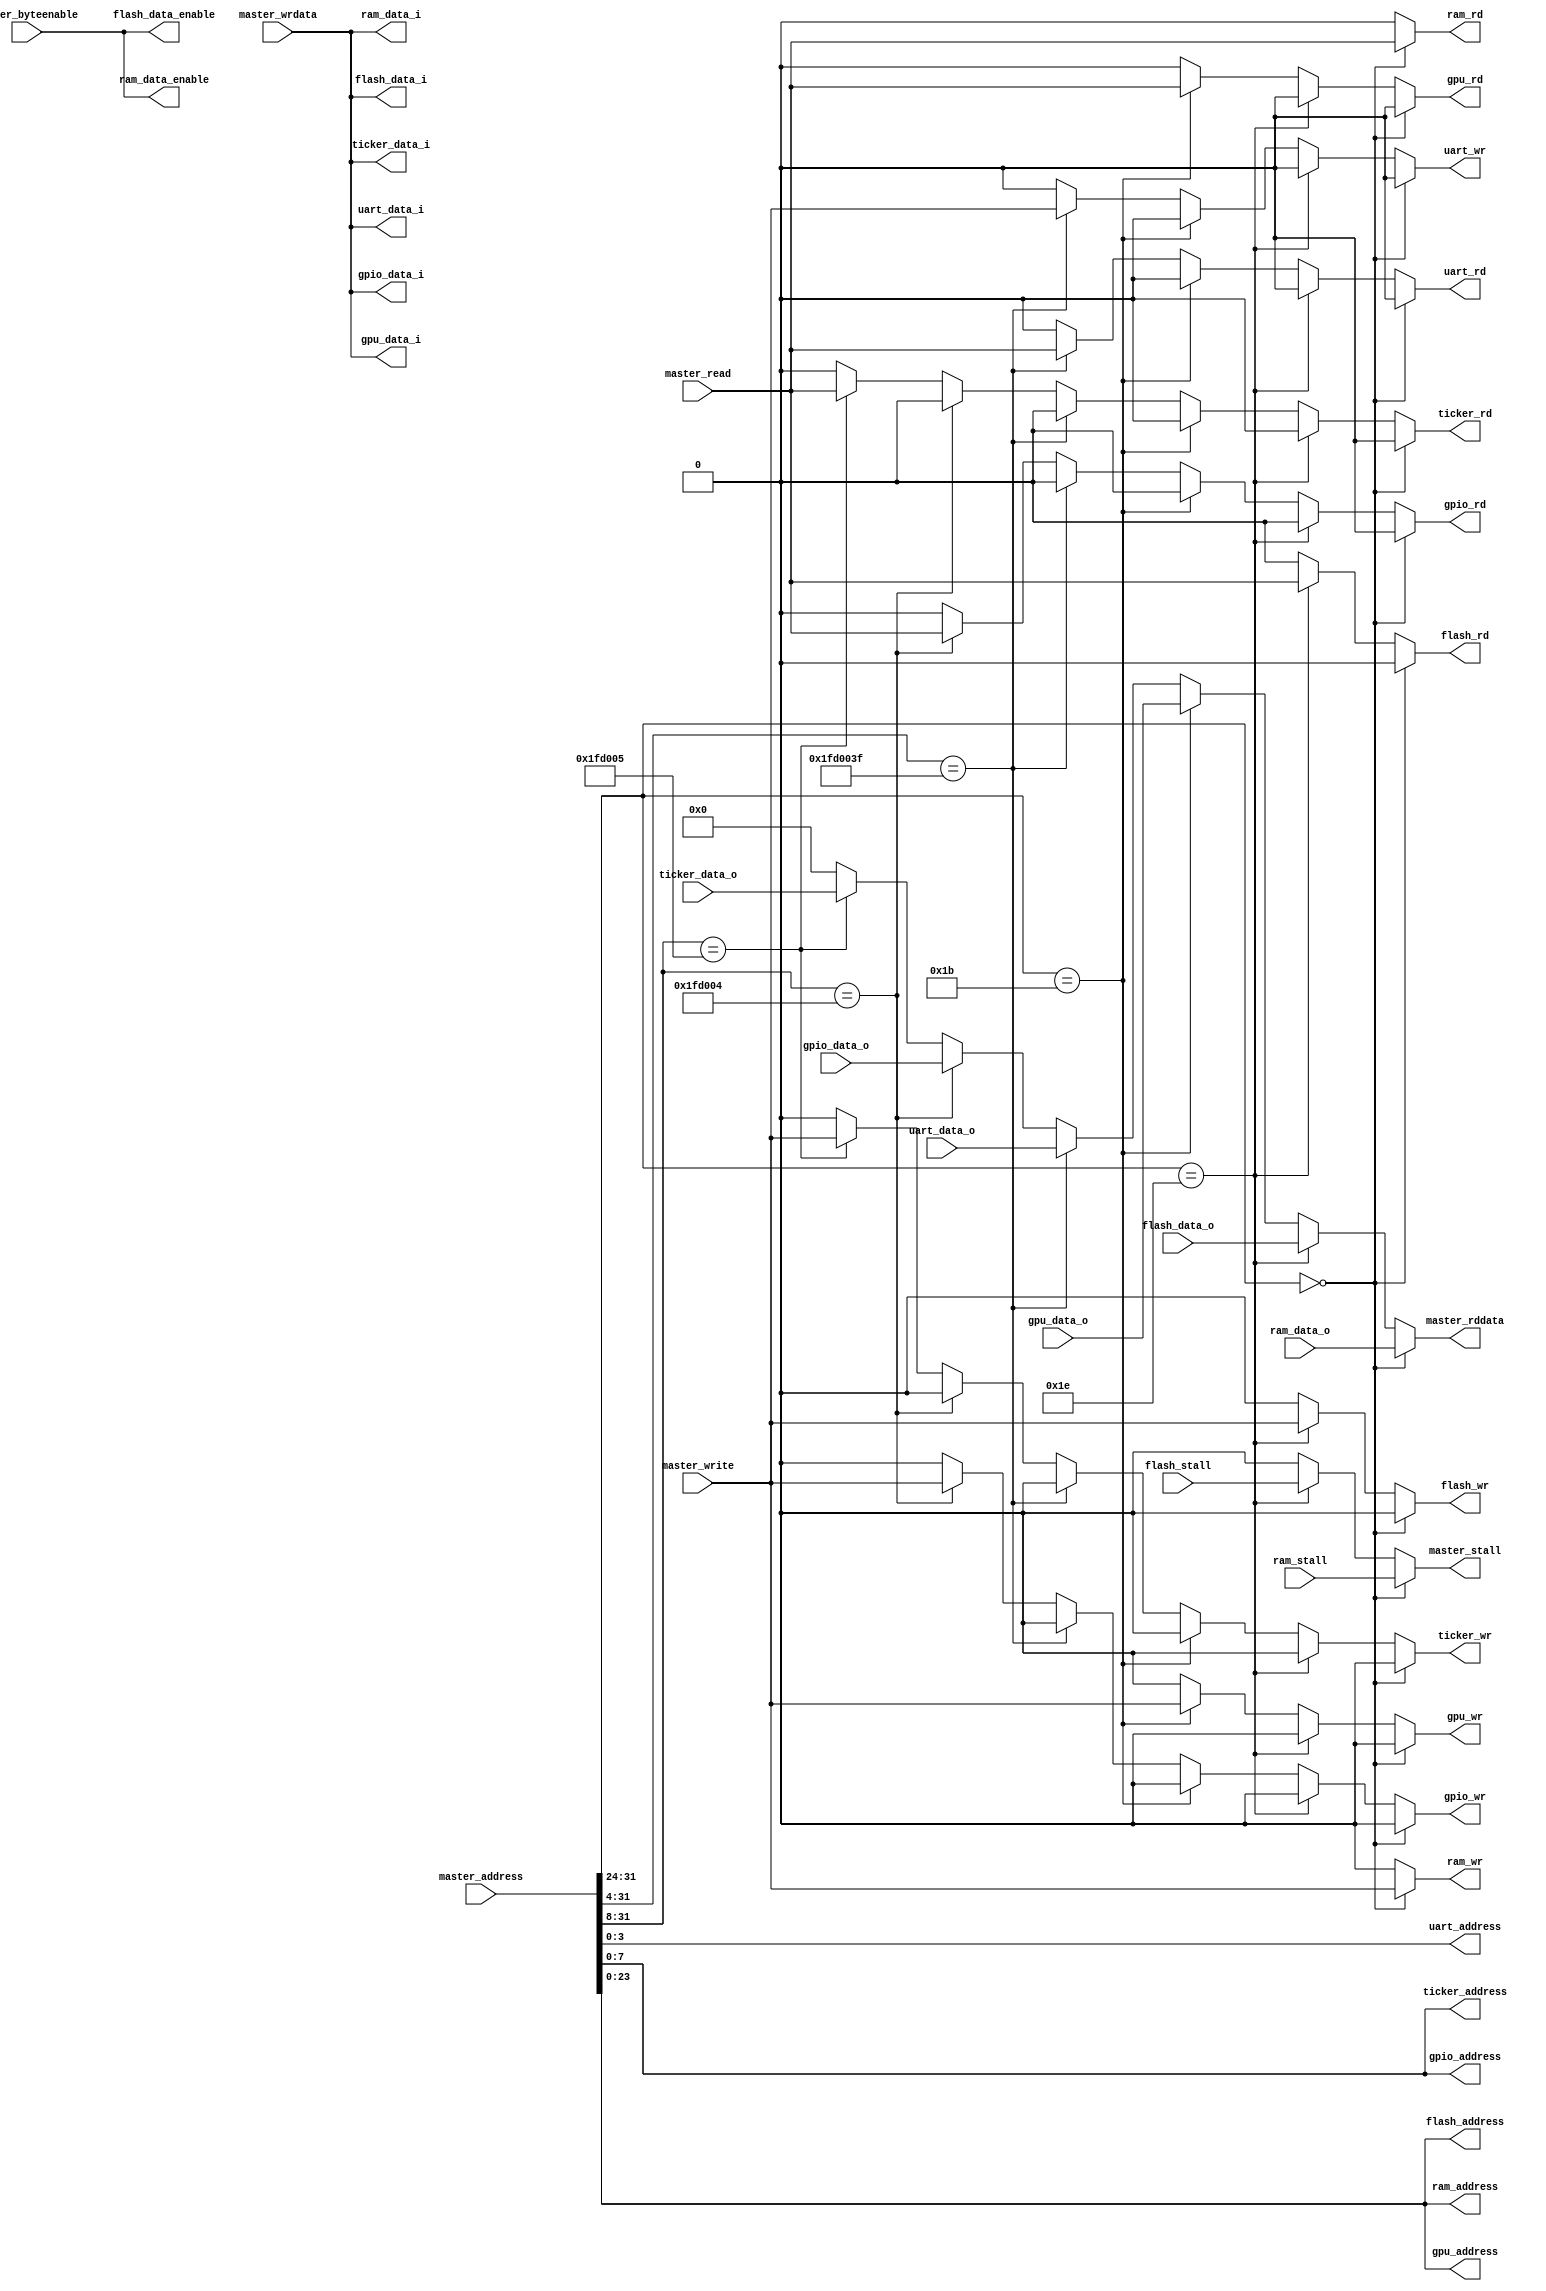
`default_nettype none
module dbus(/*autoport*/
//output
            master_rddata,
            master_stall,
            uart_address,
            uart_data_i,
            uart_rd,
            uart_wr,
            gpio_address,
            gpio_data_i,
            gpio_rd,
            gpio_wr,
            ticker_address,
            ticker_data_i,
            ticker_rd,
            ticker_wr,
            gpu_address,
            gpu_data_i,
            gpu_rd,
            gpu_wr,
            ram_address,
            ram_data_i,
            ram_data_enable,
            ram_rd,
            ram_wr,
            flash_address,
            flash_data_i,
            flash_data_enable,
            flash_rd,
            flash_wr,
//input
            master_address,
            master_byteenable,
            master_read,
            master_write,
            master_wrdata,
            uart_data_o,
            gpio_data_o,
            ticker_data_o,
            gpu_data_o,
            ram_data_o,
            ram_stall,
            flash_data_o,
            flash_stall);

input wire[31:0] master_address;
input wire[3:0] master_byteenable;
input wire master_read;
input wire master_write;
input wire[31:0] master_wrdata;
output reg[31:0] master_rddata;
output reg master_stall;

output wire[3:0] uart_address;
output wire[31:0] uart_data_i;
input wire[31:0] uart_data_o;
output reg uart_rd;
output reg uart_wr;

output wire[7:0] gpio_address;
output wire[31:0] gpio_data_i;
input wire[31:0] gpio_data_o;
output reg gpio_rd;
output reg gpio_wr;

output wire[7:0] ticker_address;
output wire[31:0] ticker_data_i;
input wire[31:0] ticker_data_o;
output reg ticker_rd;
output reg ticker_wr;

output wire[23:0] gpu_address;
output wire[31:0] gpu_data_i;
input wire[31:0] gpu_data_o;
output reg gpu_rd;
output reg gpu_wr;

output wire[23:0] ram_address;
output wire[31:0] ram_data_i;
input wire[31:0] ram_data_o;
output wire[3:0] ram_data_enable;
output reg ram_rd;
output reg ram_wr;
input wire ram_stall;

output wire[23:0] flash_address;
output wire[31:0] flash_data_i;
input wire[31:0] flash_data_o;
output wire[3:0] flash_data_enable;
output reg flash_rd;
output reg flash_wr;
input wire flash_stall;

assign ram_data_enable = master_byteenable;
assign ram_data_i = master_wrdata;
assign ram_address = master_address[23:0];

assign flash_data_enable = master_byteenable;
assign flash_data_i = master_wrdata;
assign flash_address = master_address[23:0];

assign uart_data_i = master_wrdata;
assign uart_address = master_address[3:0];

assign gpio_data_i = master_wrdata;
assign gpio_address = master_address[7:0];

assign ticker_data_i = master_wrdata;
assign ticker_address = master_address[7:0];

assign gpu_data_i = master_wrdata;
assign gpu_address = master_address[23:0];

always @(*) begin
    ram_rd <= 1'b0;
    ram_wr <= 1'b0;
    flash_rd <= 1'b0;
    flash_wr <= 1'b0;
    uart_rd <= 1'b0;
    uart_wr <= 1'b0;
    gpio_rd <= 1'b0;
    gpio_wr <= 1'b0;
    ticker_rd <= 1'b0;
    ticker_wr <= 1'b0;
    gpu_rd <= 1'b0;
    gpu_wr <= 1'b0;
    master_rddata <= 32'h0;
    master_stall <= 1'b0;
    if(master_address[31:24] == 8'h00) begin
        ram_rd <= master_read;
        ram_wr <= master_write;
        master_rddata <= ram_data_o;
        master_stall <= ram_stall;
    end else if(master_address[31:24] == 8'h1e) begin
        flash_rd <= master_read;
        flash_wr <= master_write;
        master_rddata <= flash_data_o;
        master_stall <= flash_stall;
    end else if(master_address[31:24] == 8'h1b) begin
        gpu_rd <= master_read;
        gpu_wr <= master_write;
        master_rddata <= gpu_data_o;
    end else if(master_address[31:4] == 28'h1fd003f) begin
        uart_rd <= master_read;
        uart_wr <= master_write;
        master_rddata <= uart_data_o;
    end else if(master_address[31:8] == 28'h1fd004) begin
        gpio_rd <= master_read;
        gpio_wr <= master_write;
        master_rddata <= gpio_data_o;
    end else if(master_address[31:8] == 28'h1fd005) begin
        ticker_rd <= master_read;
        ticker_wr <= master_write;
        master_rddata <= ticker_data_o;
    end
end

endmodule